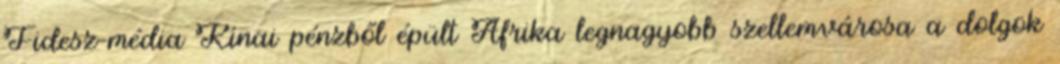
Fidesz-média Kínai pénzből épült Afrika legnagyobb szellemvárosa a dolgok